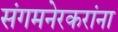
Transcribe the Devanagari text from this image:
संगमनेरकरांना